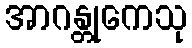
အာဂန္တုကေသု